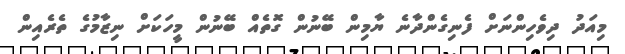
މިއަދު ދިވެހިންނަށް ފެނިގެންދާނެ ޔާމިން ބޭނުން ގޮތެއް ބޭނުން މީހަކަށް ނިޒާމުގެ ތެރެއިން